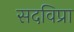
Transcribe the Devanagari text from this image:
सदविप्रा